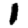
Digit: 1